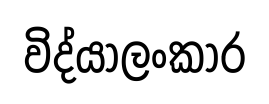
විද්යාලංකාර